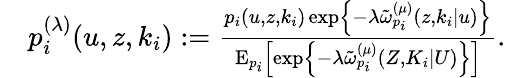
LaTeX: \begin{array}{rl}&{p_{i}^{(\lambda)}(u,{z},k_{i}):=\frac{p_{i}(u,{z},k_{i})\exp\left\{ -\lambda\tilde{\omega}_{p_{i}}^{(\mu)}(z,k_{i}|u)\right\} }{\mathrm{E}_{p_{i}}\left[\exp\left\{ -\lambda\tilde{\omega}_{p_{i}}^{(\mu)}({Z},K_{i}|U)\right\} \right]}.}\end{array}